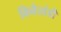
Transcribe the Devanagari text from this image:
विनैत्तांडी